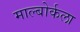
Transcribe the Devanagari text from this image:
माल्बोर्कला